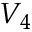
V _ { 4 }